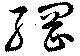
綱